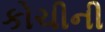
કોચીની